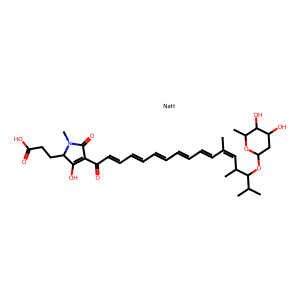
SMILES: CC(C=CC=CC=CC=CC=CC(=O)C1=C(O)C(CCC(=O)O)N(C)C1=O)=CC(C)C(OC1CC(O)C(O)C(C)O1)C(C)C.[NaH]
Inhibits HIV replication: No